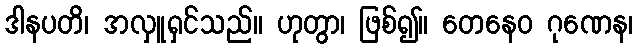
ဒါနပတိ၊ အလှူရှင်သည်။ ဟုတွာ၊ ဖြစ်၍။ တေနေဝ ဂုဏေန၊